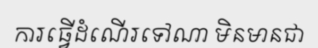
ការធ្វើដំណើរទៅណា មិនមានជា